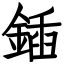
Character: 鍤